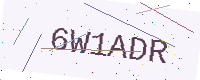
Text: 6W1ADR